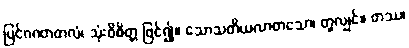
ပြင်ဂဂတတလံ၊ သုံးဝိစိတ္တ ဖြင်၍။ သောသတိယလာတသော၊ တူလျှင်။ တဿ၊